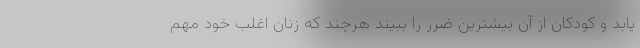
یابد و کودکان از آن بیشترین ضرر را ببیند هرچند که زنان اغلب خود مهم